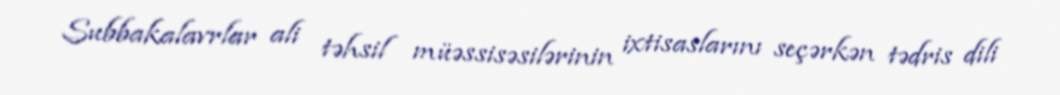
Subbakalavrlar ali təhsil müəssisəsilərinin ixtisaslarını seçərkən tədris dili